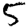
Digit: 5